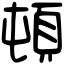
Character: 頓